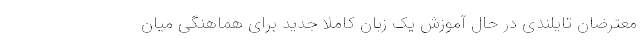
معترضان تایلندی در حال آموزش یک زبان کاملا جدید برای هماهنگی میان